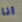
انا